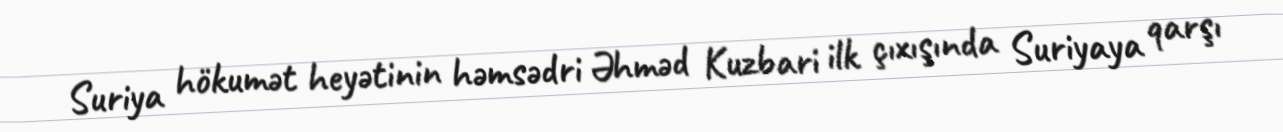
Suriya hökumət heyətinin həmsədri Əhməd Kuzbari ilk çıxışında Suriyaya qarşı